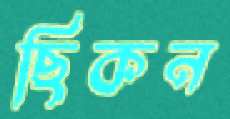
ছিকন